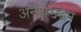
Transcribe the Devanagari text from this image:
अनंथभद्रम